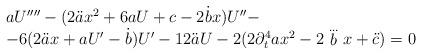
LaTeX: \begin{align*} \begin{array}{l}aU''''-(2 \ddot{a} x^2+6aU+c-2 \dot{b}x)U''-\\ -6(2 \ddot{a} x +a U'- \dot{b})U'-12 \ddot{a} U-2(2\partial _t^4 ax^2-2 \stackrel{\dots}{b} x+\ddot{c})=0\end{array} \end{align*}